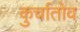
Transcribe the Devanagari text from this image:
कुर्चातोव